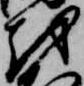
越